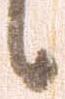
候